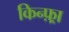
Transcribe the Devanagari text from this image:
किन्फ़्रा